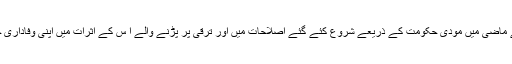
آر بی آئی کے نئے گورنر نے ماضی میں مودی حکومت کے ذریعے شروع کئے گئے اصلاحات میں اور ترقی پر پڑنے والے ا س کے اثرات میں اپنی وفاداری جتانے سے گریز نہیں کیا ہے۔